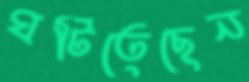
ঘটিতেছেন